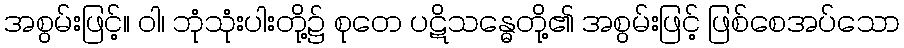
အစွမ်းဖြင့်။ ဝါ၊ ဘုံသုံးပါးတို့၌ စုတေ ပဋိသန္ဓေတို့၏ အစွမ်းဖြင့် ဖြစ်စေအပ်သော